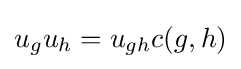
u_{g}u_{h}=u_{gh}c(g,h)